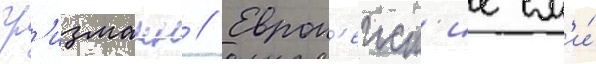
гр'изманн // Европ'еиск'ие см'и́